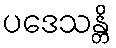
ပဒေသန္တိ